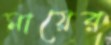
মায়ের